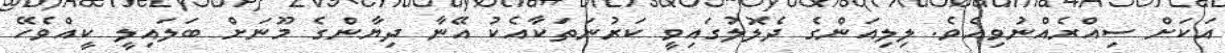
އަކަށް ސިއްރެއްނުވިއެވެ. ލިލިއަންގެ ދެލޮލުގައިވީ ކަރުނަތަކާއެކު އޭނާ ދިޔާންގެ މޫނަށް ބަލައިލީ ކީއްވެހޭ